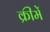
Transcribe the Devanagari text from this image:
क्रीमें